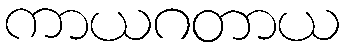
ကာယဂတာယ